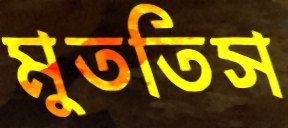
মুততিস